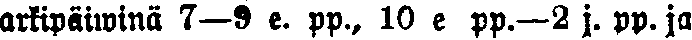
arkipäiwä 7—9 e. pp., 10 e pp.— 2 j. pp. ja